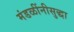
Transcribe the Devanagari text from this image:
मंडळींनीसुद्धा